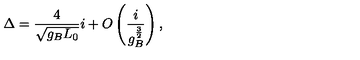
\Delta = { \frac { 4 } { \sqrt { g _ { B } L _ { 0 } } } } i + O \left( { \frac { i } { g _ { B } ^ { \frac { 3 } { 2 } } } } \right) ,